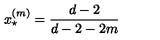
x _ { \star } ^ { ( m ) } = \frac { d - 2 } { d - 2 - 2 m }